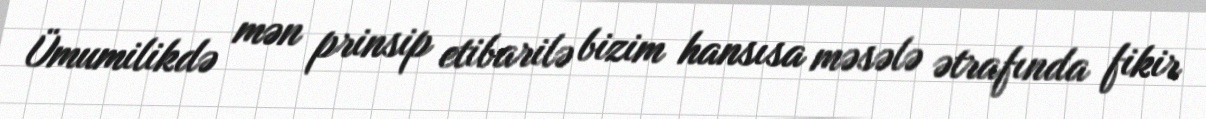
Ümumilikdə mən prinsip etibarilə bizim hansısa məsələ ətrafında fikir